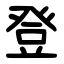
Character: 登